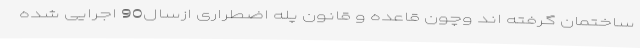
ساختمان گرفته اند وچون قاعده و قانون پله اضطراری ازسال90 اجرایی شده